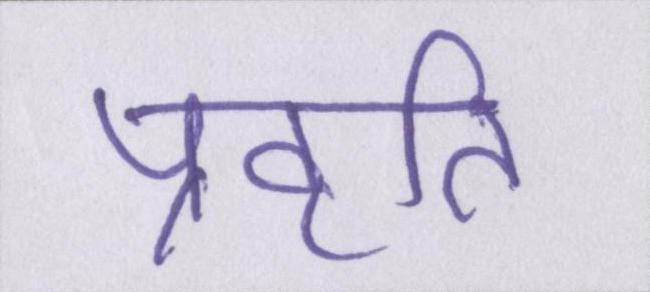
प्रवृति